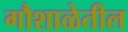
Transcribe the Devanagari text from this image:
गौशाळेतील